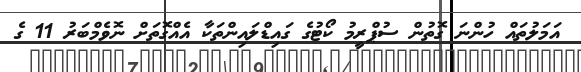
އަމަލުތައް ހުންނަ ގޮތުން ސުޕްރީމު ކޯޓުގެ ގައިޑްލައިންތަކާ އެއްގޮތަށް ނޮވެމްބަރު 11 ގެ